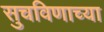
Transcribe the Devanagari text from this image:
सुचविणाच्या